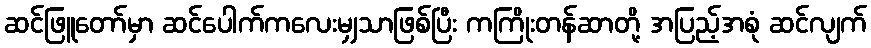
ဆင်ဖြူတော်မှာ ဆင်ပေါက်ကလေးမျှသာဖြစ်ပြီး ကကြိုးတန်ဆာတို့ အပြည့်အစုံ ဆင်လျက်